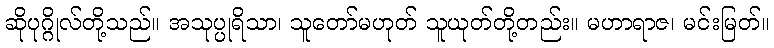
ဆိုပုဂ္ဂိုလ်တို့သည်။ အသုပ္ပုရိသာ၊ သူတော်မဟုတ် သူယုတ်တို့တည်း။ မဟာရာဇ၊ မင်းမြတ်။